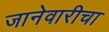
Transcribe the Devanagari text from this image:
जानेवारीचा